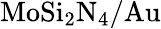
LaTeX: \mathrm{MoSi_{2}N_{4}/Au}